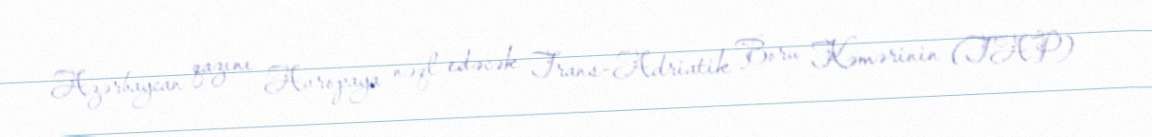
Azərbaycan qazını Avropaya nəql edəcək Trans-Adriatik Boru Kəmərinin (TAP)